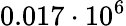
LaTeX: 0.017\cdot 10^{6}